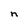
Character: n